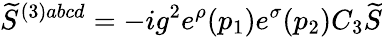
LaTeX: \widetilde{S}^{(3)abcd}=-ig^{2}e^{\rho}(p_{1})e^{\sigma}(p_{2})C_{3}\widetilde{S}